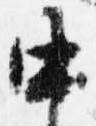
中